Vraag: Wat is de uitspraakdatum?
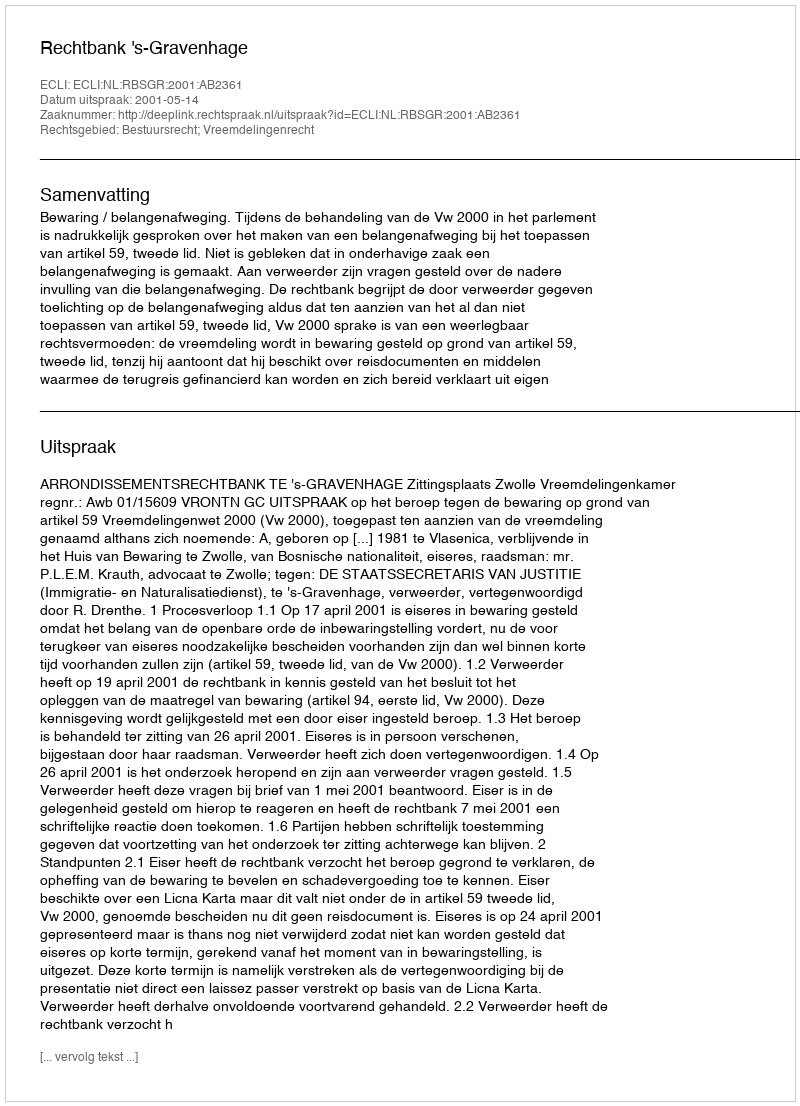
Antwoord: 2001-05-14